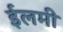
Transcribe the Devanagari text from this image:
ईलमी